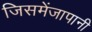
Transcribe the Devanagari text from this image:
जिसमेंजापानी